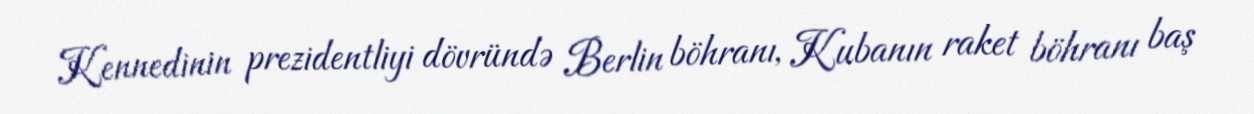
Kennedinin prezidentliyi dövründə Berlin böhranı, Kubanın raket böhranı baş